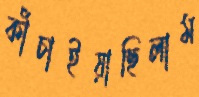
কাঁচাইয়াছিলাম